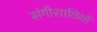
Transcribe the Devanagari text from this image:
संगीसाथियों